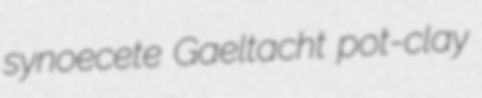
synoecete Gaeltacht pot-clay